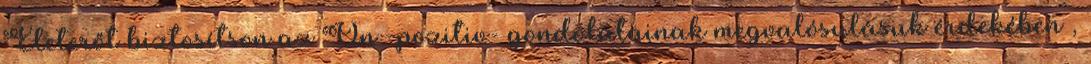
Életerőt biztosítson az Ön -pozitiv- gondolatainak megvalósulásuk érdekében ,